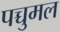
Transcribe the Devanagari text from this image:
पच्चुमल